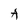
Character: A